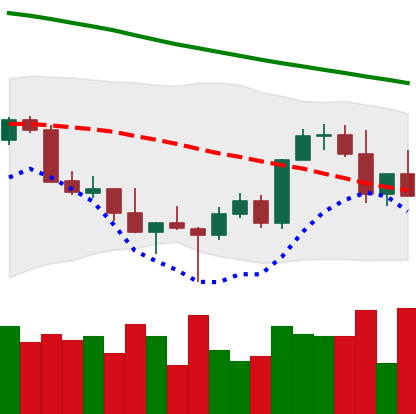
Ticker: XMR-USD
Chart end date: 2022-03-06
Forward return: 7.244%
Label: up_7plus